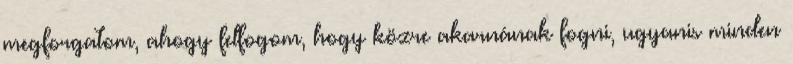
megforgatom, ahogy felfogom, hogy közre akarnának fogni, ugyanis minden